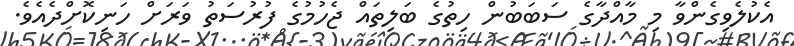
އެކުލެވިގެންވާ މި މާއްދާގެ ސަބަބުން ހިތުގެ ބަލިތައް ޖެހުމުގެ ފުރުސަތު ވަރަށް ހަނިކޮށްދެއެވެ.